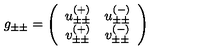
g _ { \pm \pm } = \left( \begin{array} { c c } { u _ { \pm \pm } ^ { ( + ) } } & { u _ { \pm \pm } ^ { ( - ) } } \\ { v _ { \pm \pm } ^ { ( + ) } } & { v _ { \pm \pm } ^ { ( - ) } } \\ \end{array} \right)